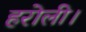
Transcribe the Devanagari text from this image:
हरोली।